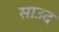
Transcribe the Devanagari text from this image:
साउद